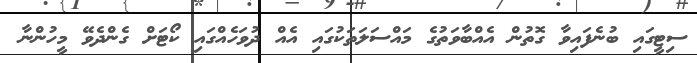
ސިޓީގައި ބުނެފައިވާ ގޮތުން އެއްބާވަތުގެ މައްސަލަތަކުގައި އެއް ދުވަހެއްގައި ކޯޓަށް ގެންދެވޭ މީހުންނާ